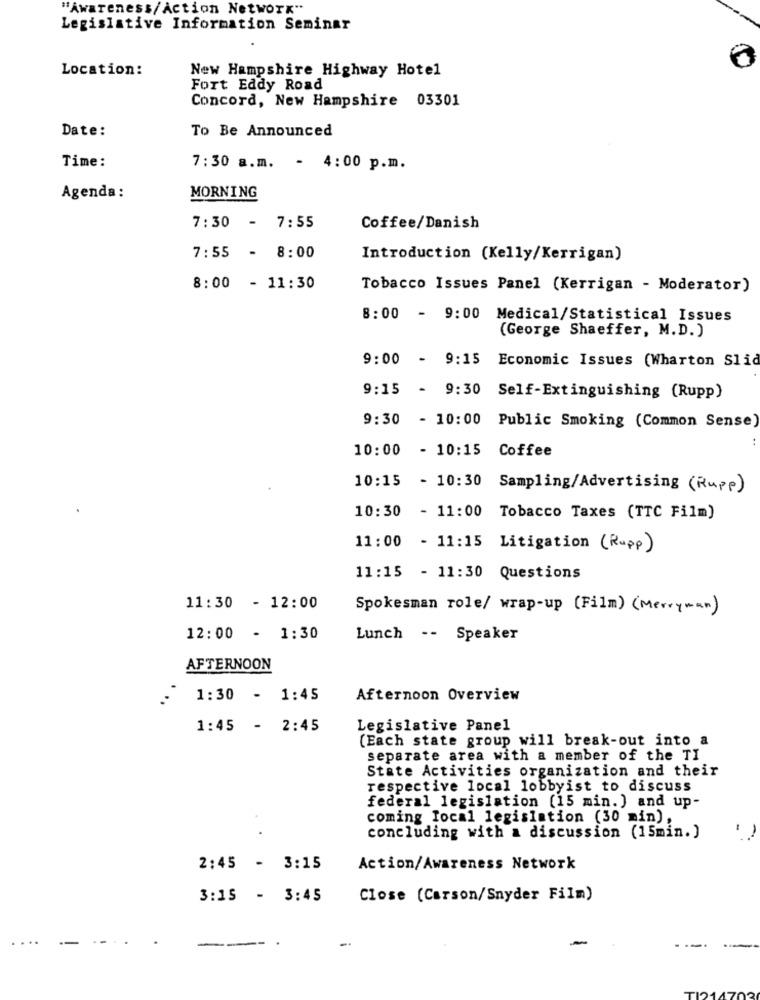
"Awareness/Action Network"
Legislative Information Seminar
Location:
New Hampshire Highway Hotel
Fort Eddy Road
Concord, New Hampshire 03301
Date:
To Be Announced
Time:
7:30 a.m.
- 4:00 p.m.
Agenda:
MORNING
7:30 - 7:55
Coffee/Danish
7:55 - 8:00
Introduction (Kelly/Kerrigan)
8:00 - 11:30
Tobacco Issues Panel (Kerrigan - Moderator)
8:00 - 9:00 Medical/Statistical Issues
(George Shaeffer, M.D.)
9:00 - 9:15 Economic Issues (Wharton Slid
9:15 - 9:30 Self-Extinguishing (Rupp)
9:30 - 10:00 Public Smoking (Common Sense)
10:00 - 10:15
Coffee
10:15 - 10:30 Sampling/Advertising (Rupp)
10:30 - 11:00 Tobacco Taxes (TTC Film)
11:00 - 11:15 Litigation (Rupp)
11:15 - 11:30 Questions
11:30 - 12:00
Spokesman role/ wrap-up (Film) (Merryman)
12:00 - 1:30
Lunch -- Speaker
AFTERNOON
1:30 - 1:45
Afternoon Overview
1:45 - 2:45
Legislative Panel
(Each state group will break-out into a
separate area with a member of the TI
State Activities organization and their
respective local lobbyist to discuss
federal legislation (15 min.) and up-
coming local legislation (30 min),
concluding with a discussion (15min.)
2:45 - 3:15
Action/Awareness Network
3:15 - 3:45
Close (Carson/Snyder Film)
-